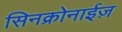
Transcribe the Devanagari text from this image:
सिनक्रोनाईज़